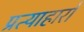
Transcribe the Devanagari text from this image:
प्रत्याहारों